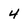
Character: 4